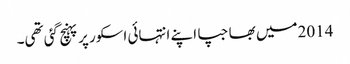
2014میں بھاجپا اپنے انتہائی اسکور پر پہنچ گئی تھی۔